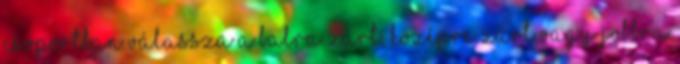
csoportban válassza a Balra zárt, Középre zárt vagy Jobbra